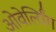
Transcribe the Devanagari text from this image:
ओवेर्ल्यिंग